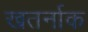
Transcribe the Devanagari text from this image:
खतर्नाक